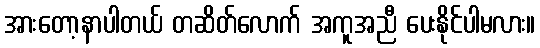
အားတော့နာပါတယ် တဆိတ်လောက် အကူအညီ ပေးနိုင်ပါမလား။